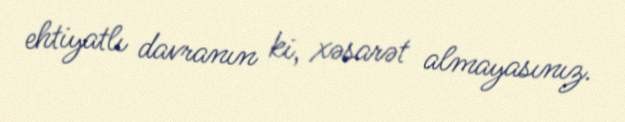
ehtiyatlı davranın ki, xəsarət almayasınız.